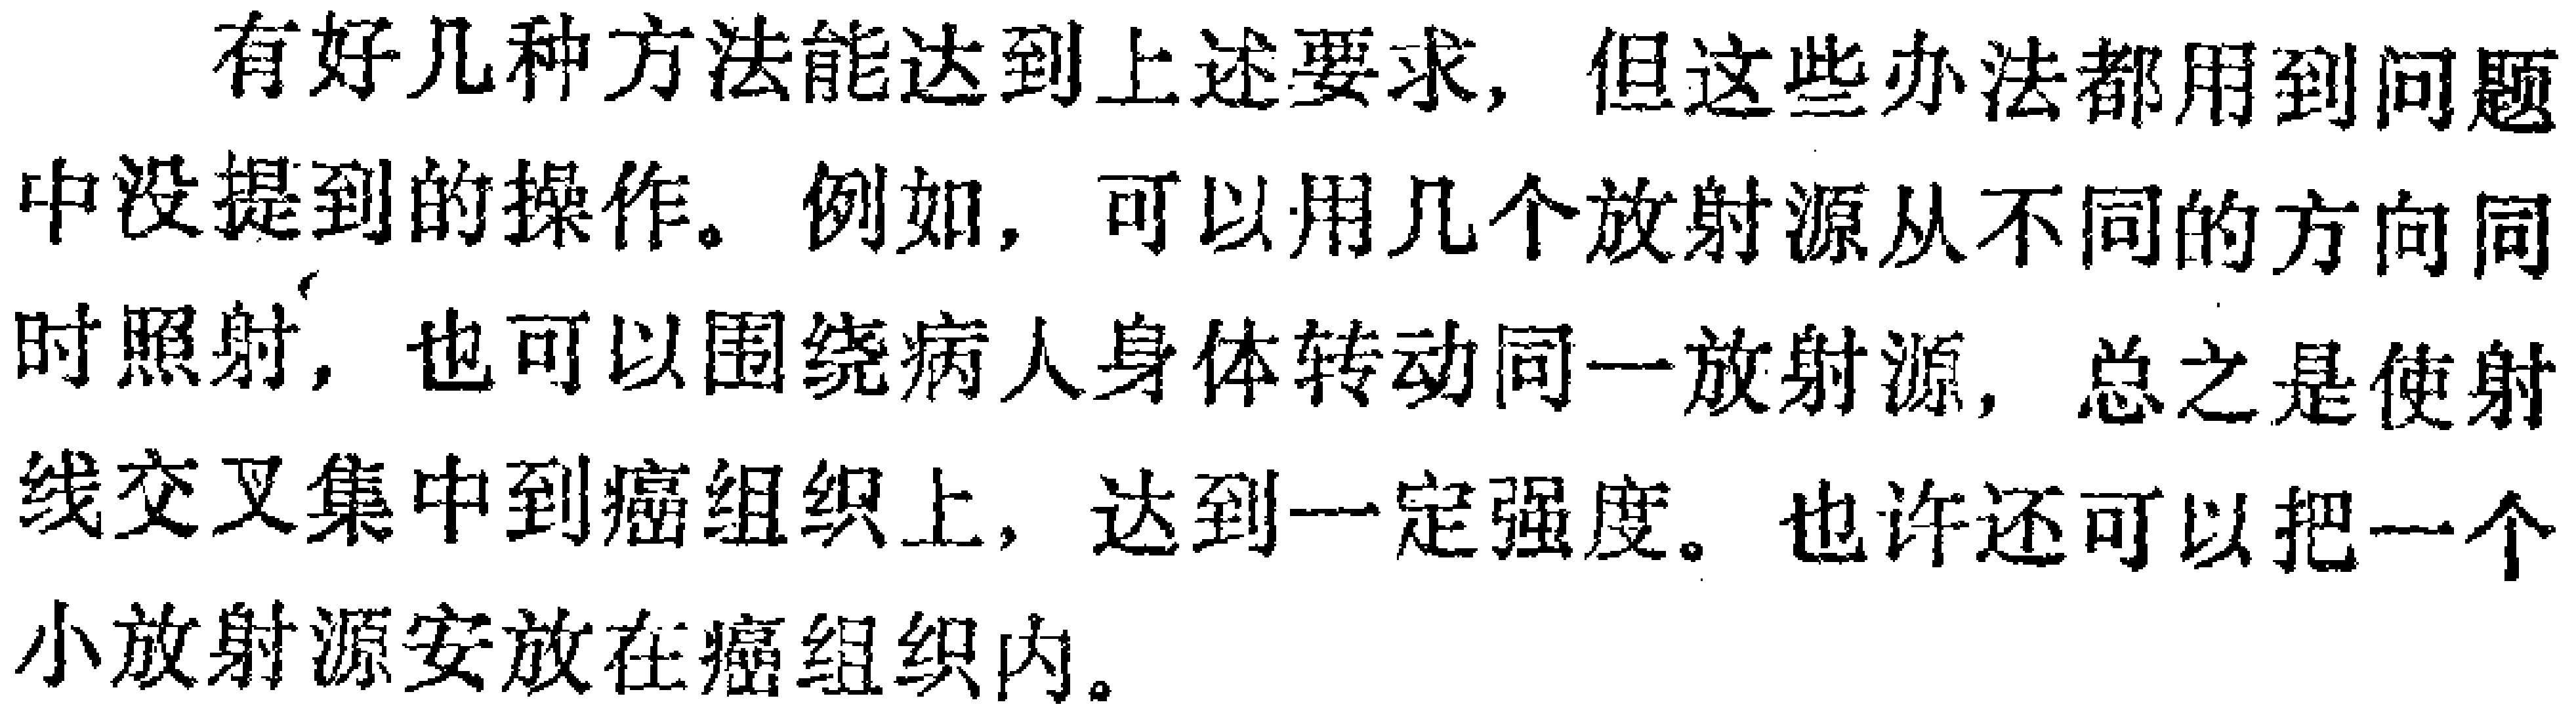
有好几种方法能达到上述要求, 但这些办法都用到问题中没提到的操作。例如, 可以用几个放射源从不同的方向同时照射, 也可以围绕病人身体转动同一放射源, 总之是使射线交叉集中到癌组织上, 达到一定强度。也许还可以把一个小放射源安放在癌组织内。